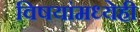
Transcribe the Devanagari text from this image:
विषयांमध्येही